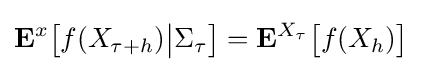
\mathbf {E} ^{x}{\big [}f(X_{\tau +h}){\big |}\Sigma _{\tau }{\big ]}=\mathbf {E} ^{X_{\tau }}{\big [}f(X_{h}){\big ]}